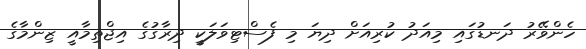
ހެންވޭރު ދަނޑުގައި މިއަދު ކުރިއަށް ދިޔަ މި ފެސްޓިވަލަކީ ދިރާގުގެ އިޖްތިމާއީ ޒިންމާގެ